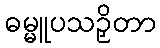
ဓမ္မူပသဉှိတာ